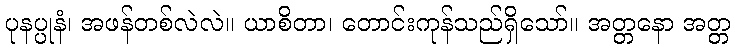
ပုနပ္ပုနံ၊ အဖန်တစ်လဲလဲ။ ယာစိတာ၊ တောင်းကုန်သည်ရှိသော်။ အတ္တနော အတ္တ